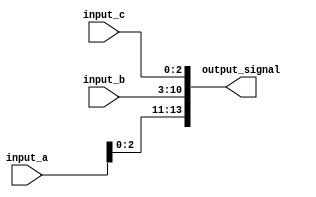
module concat_example (
    input wire [3:0] input_a,          // 4-bit input signal
    input wire [7:0] input_b,          // 8-bit input signal
    input wire [2:0] input_c,          // 3-bit input signal
    output wire [13:0] output_signal    // Total width = 4 + 8 + 3 = 15 bits
);

// Continuous assignment using concatenation
assign output_signal = {input_a, input_b, input_c}; // Concatenating inputs

endmodule